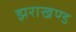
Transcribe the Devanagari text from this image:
झराखण्ड